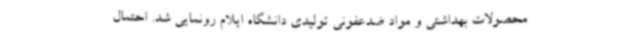
محصولات بهداشتی و مواد ضدعفونی تولیدی دانشگاه ایلام رونمایی شد. احتمال